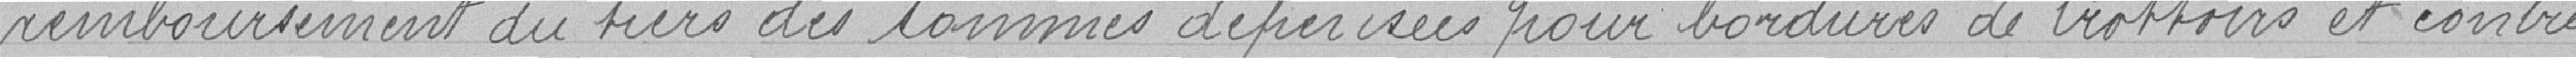
remboursement du tiers dessommes dépensées pour bordures de trottoirs et contre